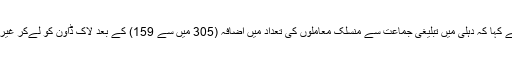
وہیں یوپی کے افسران نے کہا کہ دہلی میں تبلیغی جماعت سے منسلک معاملوں کی تعداد میں اضافہ (305 میں سے 159) کے بعد لاک ڈاون کو لےکر غیریقینی کی صورتحال ہے۔